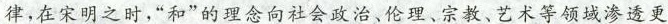
律，在宋明之时”和”的理念向社会政治、伦理、宗教、艺术等领域渗透更